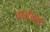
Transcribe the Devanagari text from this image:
दाईकडे